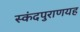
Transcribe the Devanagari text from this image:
स्कंदपुराणयह